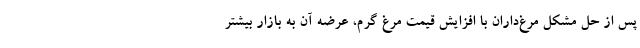
پس از حل مشکل مرغ‌داران با افزایش قیمت مرغ گرم، عرضه آن به بازار بیشتر